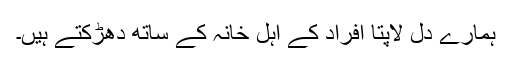
ہمارے دل لاپتا افراد کے اہل خانہ کے ساتھ دھڑکتے ہیں۔